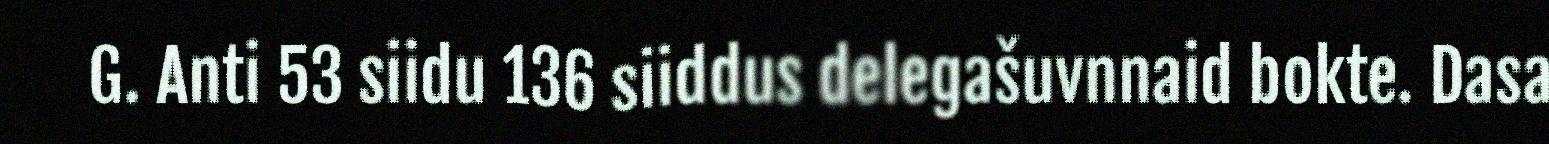
G. Anti 53 siidu 136 siiddus delegašuvnnaid bokte. Dasa